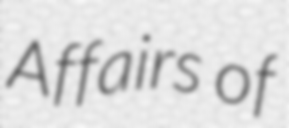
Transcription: Affairs of